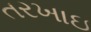
તરખાઇ